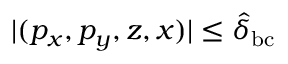
| ( p _ { x } , p _ { y } , z , x ) | \leq \hat { \delta } _ { \mathrm { b c } }